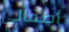
أطفالي